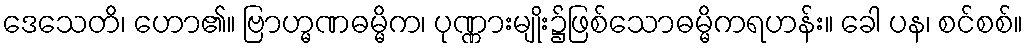
ဒေသေတိ၊ ဟော၏။ ဗြာဟ္မဏဓမ္မိက၊ ပုဏ္ဏားမျိုး၌ဖြစ်သောဓမ္မိကရဟန်း။ ခေါ ပန၊ စင်စစ်။